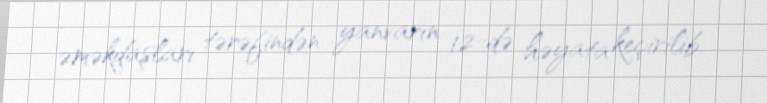
əməkdaşları tərəfindən yanvarın 12-də həyata keçirilib.